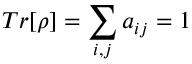
T r [ \rho ] = \sum _ { i , j } a _ { i j } = 1